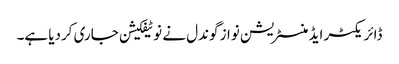
ڈائریکٹر ایڈمنسٹریشن نواز گوندل نے نوٹیفکیشن جاری کردیا ہے۔